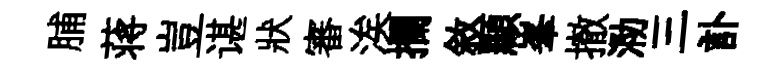
脯蒋豈谌狀審涘攔敘顯峯撤泐三訃